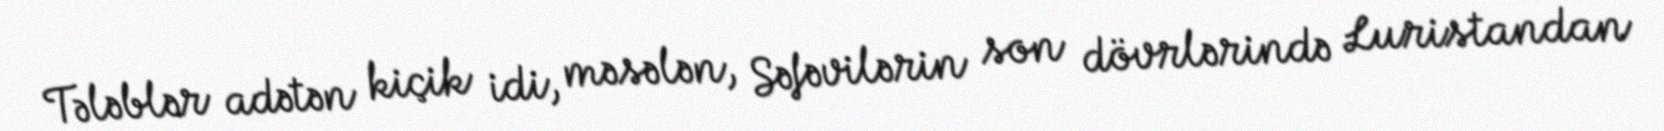
Tələblər adətən kiçik idi, məsələn, Səfəvilərin son dövrlərində Luristandan